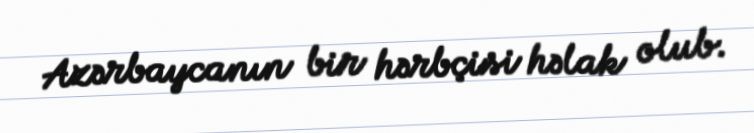
Azərbaycanın bir hərbçisi həlak olub.